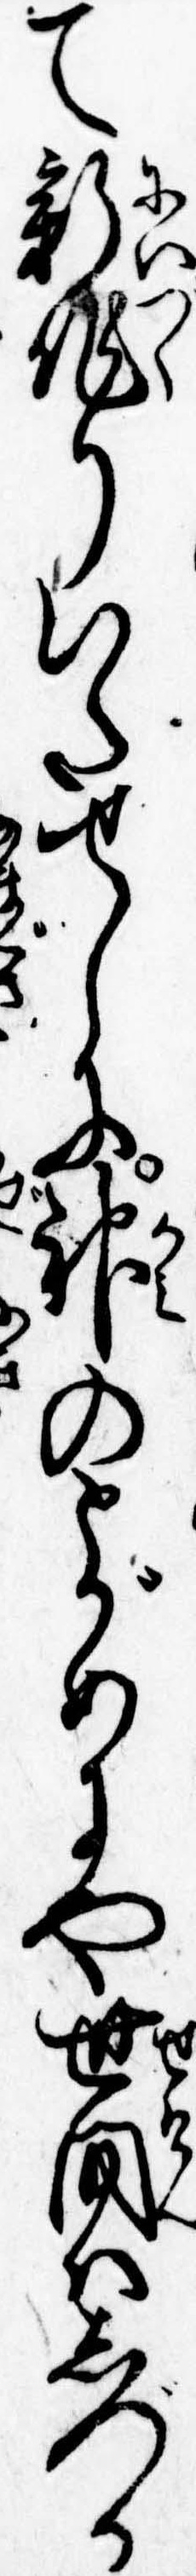
て新作りいたせしに神のとがめにや世間はしづか